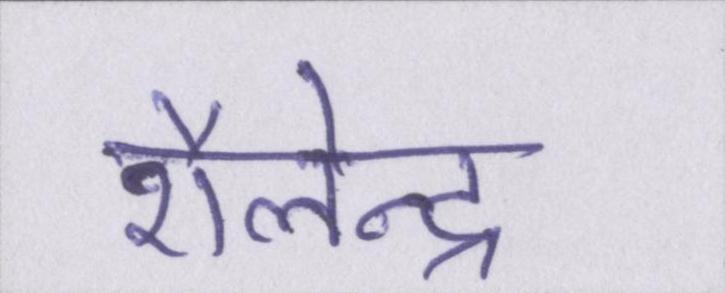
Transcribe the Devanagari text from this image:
शैलेन्द्र